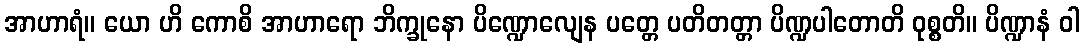
အာဟာရံ။ ယော ဟိ ကောစိ အာဟာရော ဘိက္ခုနော ပိဏ္ဍောလျေန ပတ္တေ ပတိတတ္တာ ပိဏ္ဍပါတောတိ ဝုစ္စတိ။ ပိဏ္ဍာနံ ဝါ